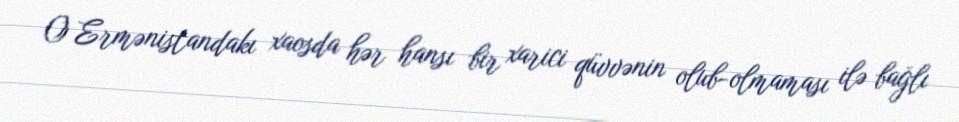
O Ermənistandakı xaosda hər hansı bir xarici qüvvənin olub-olmaması ilə bağlı